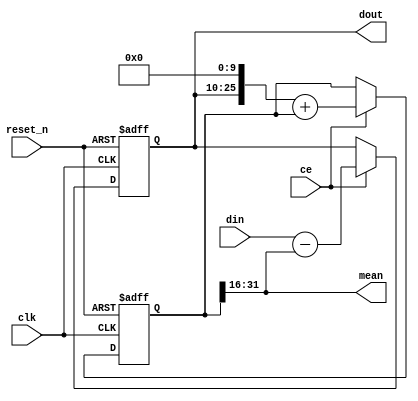
/*
    average.v
    Simple high-pass filter / Average signal calculation

    Ref:Ken Chapman. "Digitally Removing DC Offset: DSP Without Mathematics". White Paper: Xilinx FPGAs(2008):WP279.

    Copyright 2021 Hiryuu T. (PFMRLIB)

    Licensed under the Apache License, Version 2.0 (the "License");
    you may not use this file except in compliance with the License.
    You may obtain a copy of the License at

        http://www.apache.org/licenses/LICENSE-2.0

    Unless required by applicable law or agreed to in writing, software
    distributed under the License is distributed on an "AS IS" BASIS,
    WITHOUT WARRANTIES OR CONDITIONS OF ANY KIND, either express or implied.
    See the License for the specific language governing permissions and
    limitations under the License.
*/

module average#(
    parameter               DW  = 16,
    parameter signed [15:0] K   = 10
)(
    input  wire clk,
    input  wire reset_n,
    input  wire ce,

    input  wire signed [DW-1:0] din,

    output wire        [DW-1:0] dout,
    output wire signed [DW-1:0] mean
);

    /* The digital RC circuit */
    reg  signed [DW-1:0]   err;
    reg  signed [2*DW-1:0] acc;
    wire signed [2*DW-1:0] prod;
    assign prod = err <<< K;
    //wire signed [DW-1:0]   mean;
    assign mean = acc[DW*2-1:DW];

    always @(posedge clk, negedge reset_n) begin
        if(!reset_n) begin
            err   <= {DW{1'b0}};
            acc   <= {(2*DW){1'b0}};
        end
        else begin
        if(ce) begin
            err <= din - mean;
            acc <= prod + acc;
        end
        end
    end

    // As you can see, the err value is equal to the output(DC removed) value.
    assign dout = err;
endmodule